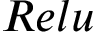
R e l u